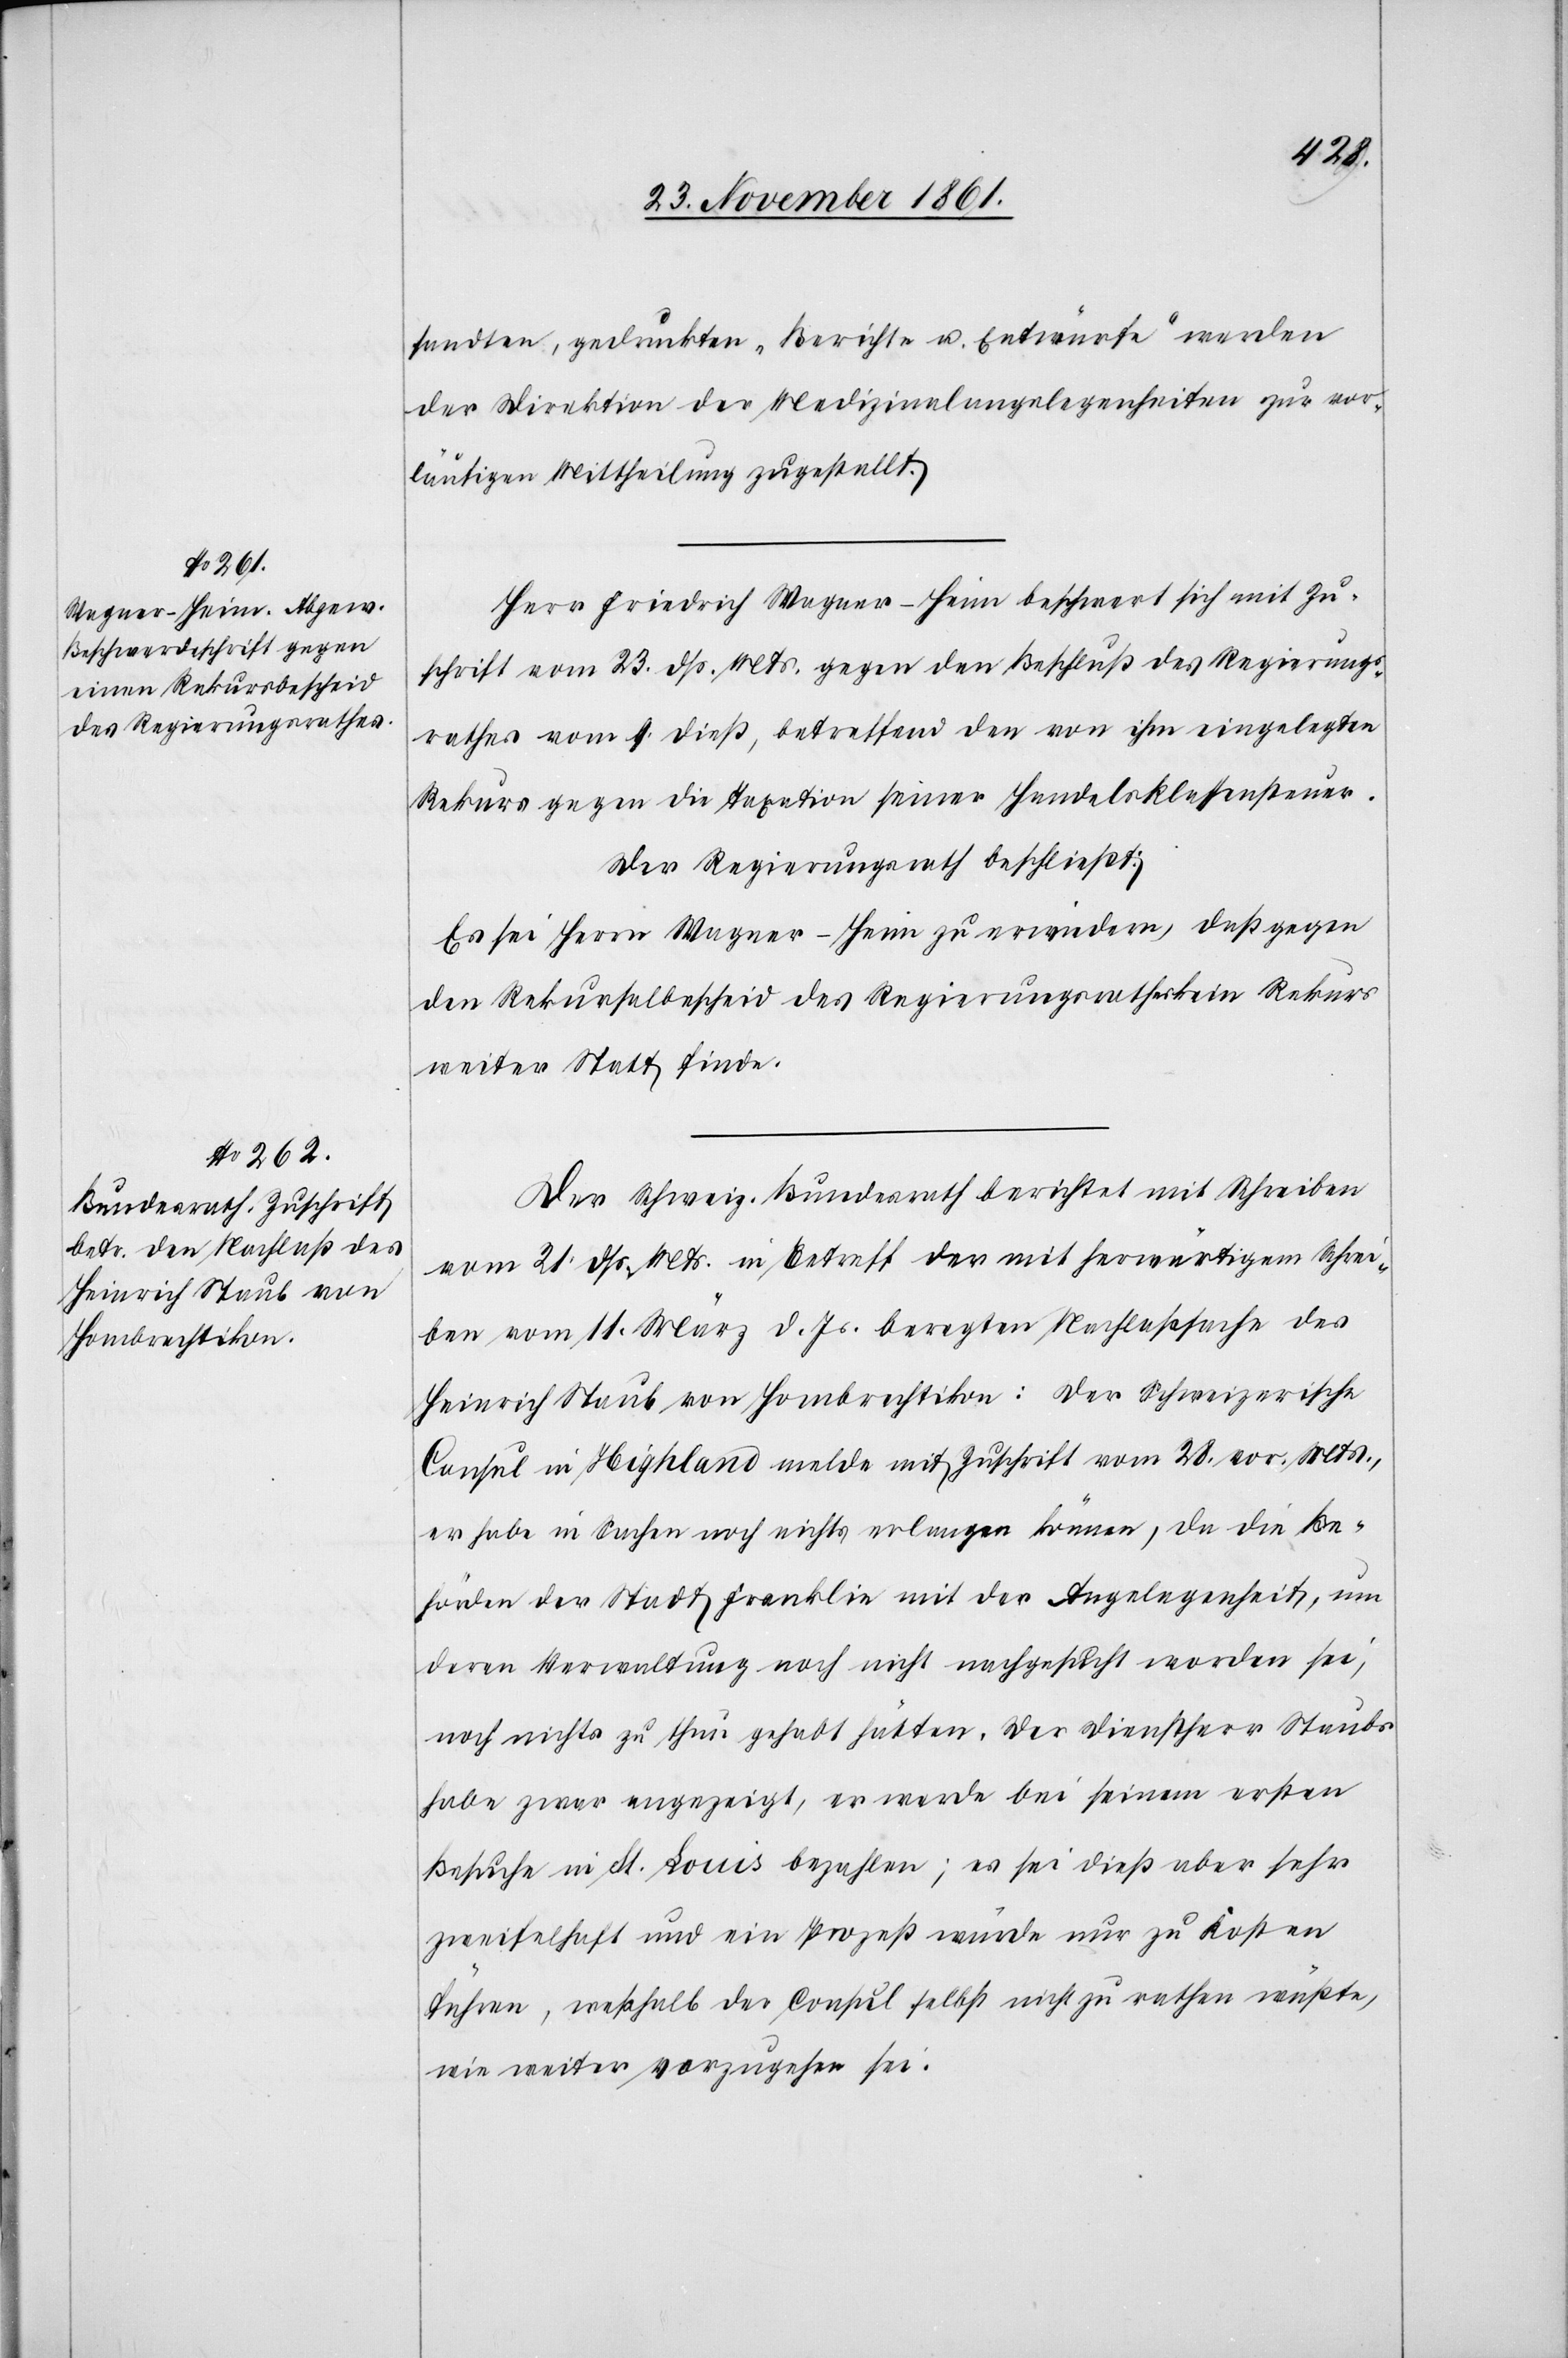
sandten, gedruckten „Berichte u. Entwürfe“ werden
der Direktion der Medizinalangelegenheiten zur vor¬
läufigen Mittheilung zugestellt.
Herr Friedrich Wagner-Heim beschwert sich mit Zu¬
schrift vom 23 dß. Mts. gegen den Beschluß des Regierungs¬
rathes vom 9 dieß, betreffend den von ihm eingelegten
Rekurs gegen die Taxation seiner Handelsklassensteuer.
Der Regierungsrath beschließt:
Es sei Herrn Wagner-Heim zu erwiedern, daß gegen
den Rekursbescheid des Regierungsrathes kein Rekurs
weiter Statt finde.
Der schweiz. Bundesrath berichtet mit Schreiben
vom 21 dß. Mts. in Betreff der mit herwärtigem Schrei¬
ben vom 11 März d. Js. beregten [sic!] Nachlaßsache des
Heinrich Staub von Hombrechtikon: Der schweizerische
Consul in Highland melde mit Zuschrift vom 28 vor. Mts.,
er habe in Sachen noch nichts erlangen können, da die Be¬
hörden der Stadt Frenklin mit der Angelegenheit, um
deren Verwaltung noch nicht nachgesucht worden sei,
noch nichts zu thun gehabt hätten. Der Dienstherr Staubs
habe zwar angezeigt, er werde bei seinem ersten
Besuche in St. Louis bezahlen; es sei dieß aber sehr
zweifelhaft und ein Prozeß würde nur zu Kosten
führen, weßhalb der Consul selbst nicht zu rathen wüßte,
wie weiter vorzugehen sei.